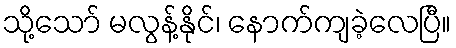
သို့သော် မလွန့်နိုင်၊ နောက်ကျခဲ့လေပြီ။